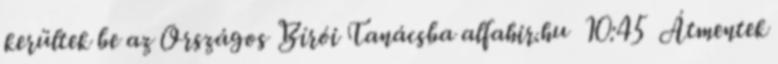
kerültek be az Országos Bírói Tanácsba alfahir.hu 10:45 Átmentek